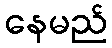
နေမည်